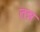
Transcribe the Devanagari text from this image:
तन्न